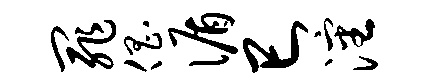
罪倡循巳沈